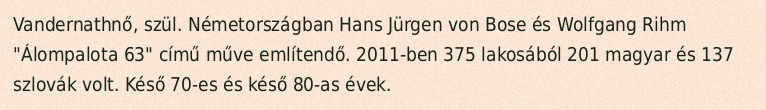
Vandernathnő, szül. Németországban Hans Jürgen von Bose és Wolfgang Rihm "Álompalota 63" című műve említendő. 2011-ben 375 lakosából 201 magyar és 137 szlovák volt. Késő 70-es és késő 80-as évek.